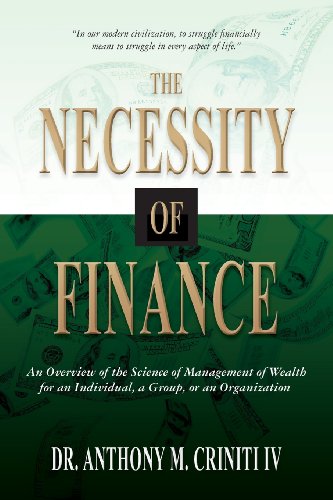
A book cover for The Necessity of Finance: An Overview of the Science of Management of Wealth for an Individual, a Group, or an Organization; Dr. Anthony M. Criniti IV; Business & Money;